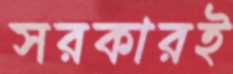
সরকারই